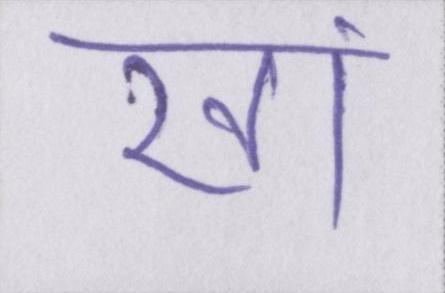
खां